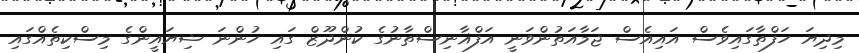
މިދިޔަ ހަފްތާގައިވެސް އައިއެސް ޖަމާއަތުންވަނީ އަފްޣާނިސްތާނުގެ ކުންދޫޒް ގައި ހުންނަ ޝިޔައީންގެ މިސްކިތެއްގައި